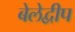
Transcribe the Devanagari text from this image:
बेलेद्वीप